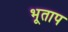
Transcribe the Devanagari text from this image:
भूताप